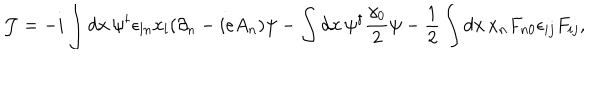
{ \cal J } = - i \int { d { \bf x } \, \psi ^ { \dagger } \epsilon _ { l n } x _ { l } ( \partial _ { n } - i e A _ { n } ) \psi } - \int { d { \bf x } \, \psi ^ { \dagger } \frac { \gamma _ { 0 } } { 2 } \psi } - \frac { 1 } { 2 } \int { d { \bf x } \, x _ { n } F _ { n 0 } \epsilon _ { i j } F _ { i j } } ,